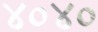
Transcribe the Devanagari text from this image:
४०४०